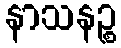
နာသနဉ္စ